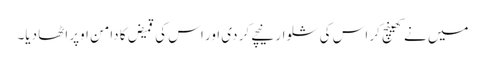
میں نے کھینچ کر اس کی شلوار نیچے کر دی اور اس کی قمیض کا دامن اوپر اٹھا دیا۔